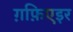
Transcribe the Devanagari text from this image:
ग़फ़िएइर